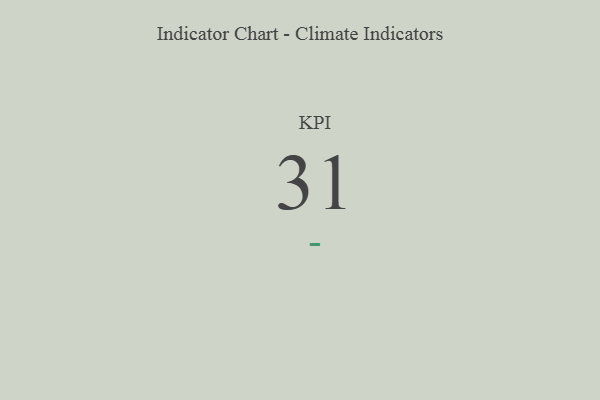
{"axis": {"x": "KPI", "y": "Value"}, "legend": [""], "data": [{"x": "KPI", "y": 31, "type": ""}]}